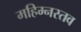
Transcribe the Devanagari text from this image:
महिम्नस्तव